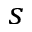
s